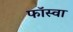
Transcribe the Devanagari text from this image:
फॉस्वा